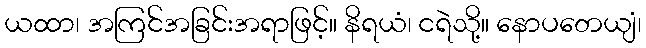
ယထာ၊ အကြင်အခြင်းအရာဖြင့်။ နိရယံ၊ ငရဲသို့။ နောပတေယျံ၊